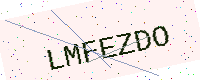
Text: LMFEZDO